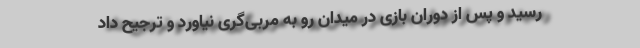
رسید و پس از دوران بازی در میدان رو به مربی‌گری نیاورد و ترجیح داد